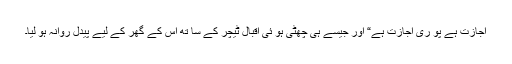
اجازت ہے پو ری اجازت ہے“ اور جیسے ہی چھٹی ہو ئی اقبال ٹیچر کے سا تھ اس کے گھر کے لیے پیدل روانہ ہو لیا۔